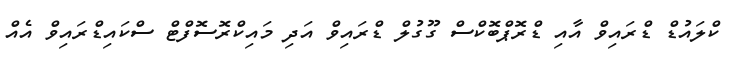
ކްލައުޑް ޑްރައިވް އާއި ޑްރޮޕްބޮކްސް ގޫގުލް ޑްރައިވް އަދި މައިކްރޮސޮފްޓް ސްކައިޑްރައިވް އެއް